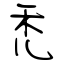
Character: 禿